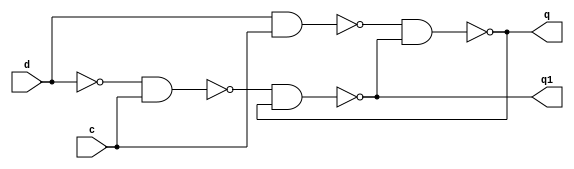
// FAVOR COLOCAR NOME E MATRICULA AQUI

module latchD (q, q1, d, c);

	input d, c;
	output q, q1;
	wire w1, w2;
	
	nand (w1, d, c);
	nand (w2, ~d, c);
	nand (q, w1, q1);
	nand (q1, w2, q);

endmodule //latchD

module Exercicio03;

	reg a, b;
	wire q, q1;
	
	latchD L1 (q, q1, a, b);
	
	initial
	begin
		
		$display ("Exercicio 3");
		$display ("Teste de Latch D");
		$display ("");
		$display ("D C Q ~Q");
		
		a=0; b=0;
		
		$monitor ("%b %b %b %b", a, b, q, q1);
		
		#1 a=0; b=1;
		#1 a=1; b=0;
		#1 a=1; b=1;
		
	end
endmodule //Exercicio 3